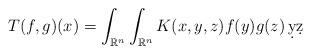
LaTeX: \begin{align*}T(f,g)(x)=\int_{\mathbb R^n}\int_{\mathbb R^n} K(x, y, z)f(y)g(z)\,\d y\d z\end{align*}